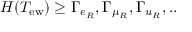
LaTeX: H ( T _ { \mathrm { e w } } ) \geq \Gamma _ { e _ { R } } , \Gamma _ { \mu _ { R } } , \Gamma _ { u _ { R } } , . .